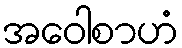
အဝေါစာဟံ